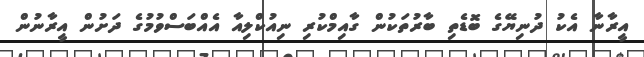
އީރާނާ އެކު ދުނިޔޭގެ ބޮޑެތި ބާރުތަކުން ގާއިމްކުރި ނިއުކްލިއާ އެއްބަސްވުމުގެ ދަށުން އީރާނުން